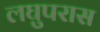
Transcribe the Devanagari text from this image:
लघुपरास